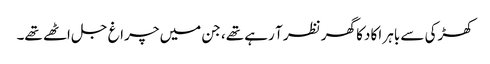
کھڑکی سے باہر اکا دکا گھر نظر آ رہے تھے، جن میں چراغ جل اٹھے تھے۔